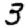
Digit: 3